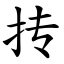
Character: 抟